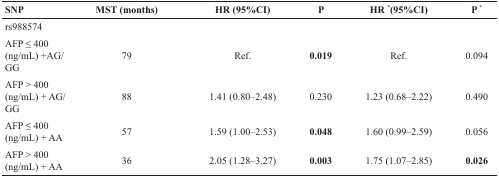
| SNP | MST (months) | HR (95%CI) | P | HR *(95%CI) | P * |
 | --- | --- | --- | --- | --- | --- |
 | rs988574 |  |  |  |  |  |
 | AFP ≤ 400 (ng/mL) +AG/GG | 79 | Ref. | 0.019 | Ref. | 0.094 |
 | AFP > 400 (ng/mL) + AG/GG | 88 | 1.41 (0.80–2.48) | 0.230 | 1.23 (0.68–2.22) | 0.490 |
 | AFP ≤ 400 (ng/mL) + AA | 57 | 1.59 (1.00–2.53) | 0.048 | 1.60 (0.99–2.59) | 0.056 |
 | AFP > 400 (ng/mL) + AA | 36 | 2.05 (1.28–3.27) | 0.003 | 1.75 (1.07–2.85) | 0.026 |